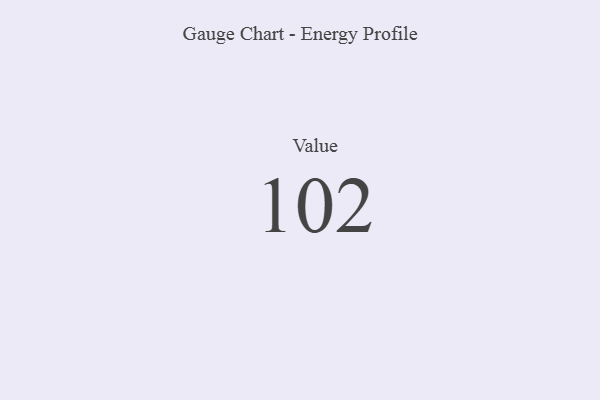
{"axis": {"x": "Metric", "y": "Value"}, "legend": [""], "data": [{"x": "Value", "y": 102, "type": ""}]}